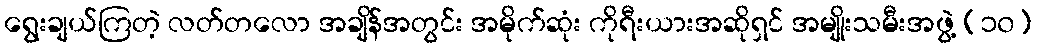
ရွေးချယ်ကြတဲ့ လတ်တလော အချိန်အတွင်း အမိုက်ဆုံး ကိုရီးယားအဆိုရှင် အမျိုးသမီးအဖွဲ့ (၁၀)